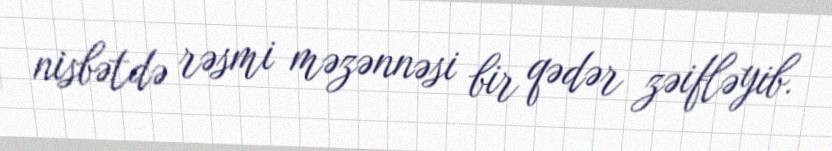
nisbətdə rəsmi məzənnəsi bir qədər zəifləyib.